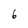
Character: 6